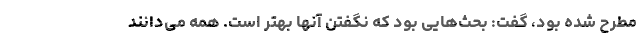
مطرح شده بود، گفت: بحث‌هایی بود که نگفتن آنها بهتر است. همه می‌دانند